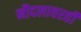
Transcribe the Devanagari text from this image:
नौदलावरही